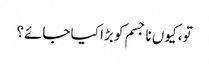
تو، کیوں نا جسم کو بڑا کیا جائے؟